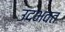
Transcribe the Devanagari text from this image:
उदभवत